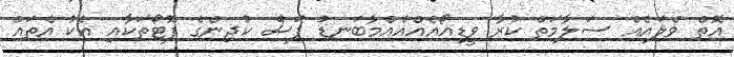
އޮތް ވެލައެއް ސަލާމަތް ކުރާ ވީޑިއޯއެއްއެއްމާބަނޑު ފަސް ކުދިންގެ ފޮޓޯތަކާއި އެކު އެތައް